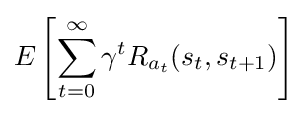
E\left[\sum _{t=0}^{\infty }{\gamma ^{t}R_{a_{t}}(s_{t},s_{t+1})}\right]